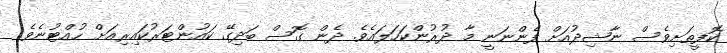
ކޮފީތަށިވެސް ނާޝިދުއަށް ފެންނަނީ މާ ދުރުންކަހަލައެވެ. ދެން ގޮސް ބަދިގޭ ކައުންޓަރުކައިރިއަށް ހުއްޓުނެވެ.